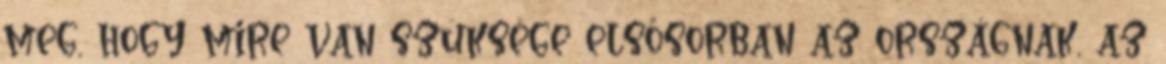
meg, hogy mire van szüksége elsősorban az országnak, az